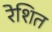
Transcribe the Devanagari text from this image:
रेशित